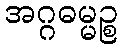
အဂ္ဂဓမ္မဉ္စ